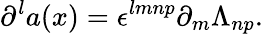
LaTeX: \partial^{l}a(x)=\epsilon^{lmnp}\partial_{m}\Lambda_{np}.